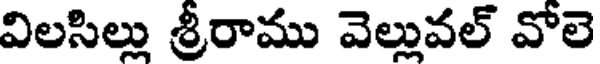
విలసిల్లు శ్రీరాము వెల్లువల్ వోలె